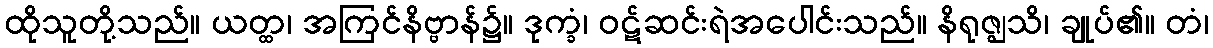
ထိုသူတို့သည်။ ယတ္ထ၊ အကြင်နိဗ္ဗာန်၌။ ဒုက္ခံ၊ ဝဋ်ဆင်းရဲအပေါင်းသည်။ နိရုဇ္ဈသိ၊ ချုပ်၏။ တံ၊